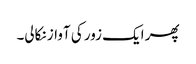
پھر ایک زور کی آواز نکالی۔